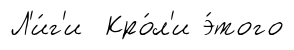
Л'и́г'и Кро́л'и э́того